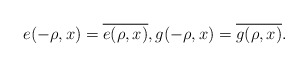
\begin{align*}e(-\rho,x)=\overline{e(\rho,x)},g(-\rho,x)=\overline{g(\rho,x)}.\end{align*}